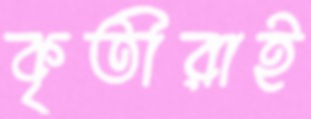
কৃতীরাই